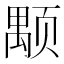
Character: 颙